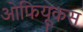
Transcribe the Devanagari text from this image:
ओफियूकस